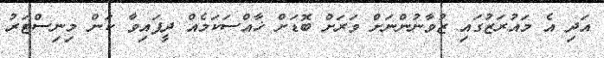
އަދި އެ މައުރަޒުގައި ޒުވާނުންނަށް ވަރަށް ބޮޑަށް ޚާއްސަކަމެއް ދީފައިވާ ކަން މިނިސްްޓަރު